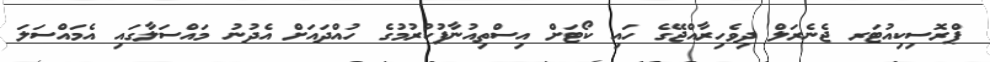
ޕްރޮސިކިއުޓަރ ޖެނެރަލް ދިވެހިރާއްޖޭގެ ހައި ކޯޓަށް އިސްތިއުނާފުކުރުމުގެ ހުއްދައަށް އެދުނު މައްސަލާގައި އެމައްސަލަ